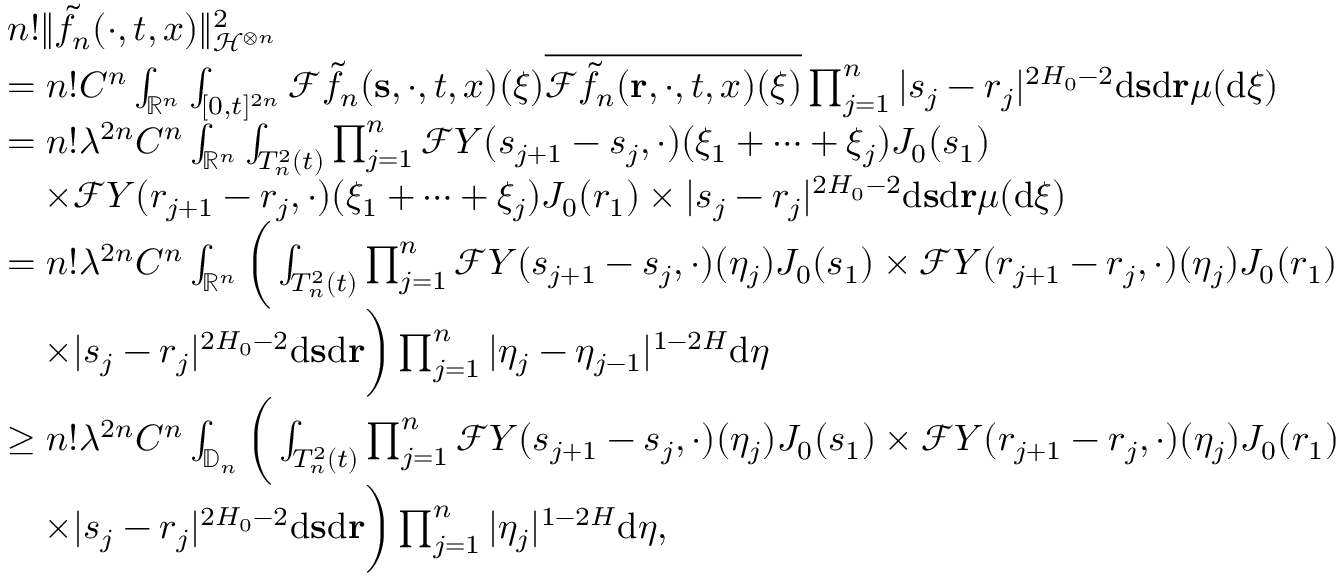
\begin{array} { r l } & { n ! \Vert \tilde { f _ { n } } ( \cdot , t , x ) \Vert _ { \mathcal { H } ^ { \otimes n } } ^ { 2 } } \\ & { = n ! C ^ { n } \int _ { \mathbb { R } ^ { n } } \int _ { [ 0 , t ] ^ { 2 n } } \mathcal { F } \tilde { f } _ { n } ( \mathbf s , \cdot , t , x ) ( \boldsymbol \xi ) \overline { { \mathcal { F } \tilde { f } _ { n } ( \mathbf r , \cdot , t , x ) ( \boldsymbol \xi ) } } \prod _ { j = 1 } ^ { n } | s _ { j } - r _ { j } | ^ { 2 H _ { 0 } - 2 } \ensuremath { \mathrm { d } } \mathbf { s } \ensuremath { \mathrm { d } } \mathbf { r } \boldsymbol \mu ( \ensuremath { \mathrm { d } } \boldsymbol \xi ) } \\ & { = n ! \lambda ^ { 2 n } C ^ { n } \int _ { \mathbb { R } ^ { n } } \int _ { T _ { n } ^ { 2 } ( t ) } \prod _ { j = 1 } ^ { n } \mathcal { F } Y ( s _ { j + 1 } - s _ { j } , \cdot ) ( \xi _ { 1 } + \dots + \xi _ { j } ) J _ { 0 } ( s _ { 1 } ) } \\ & { \quad \times \mathcal { F } Y ( r _ { j + 1 } - r _ { j } , \cdot ) ( \xi _ { 1 } + \dots + \xi _ { j } ) J _ { 0 } ( r _ { 1 } ) \times | s _ { j } - r _ { j } | ^ { 2 H _ { 0 } - 2 } \ensuremath { \mathrm { d } } \mathbf { s } \ensuremath { \mathrm { d } } \mathbf { r } \boldsymbol \mu ( \ensuremath { \mathrm { d } } \boldsymbol \xi ) } \\ & { = n ! \lambda ^ { 2 n } C ^ { n } \int _ { \mathbb { R } ^ { n } } \bigg ( \int _ { T _ { n } ^ { 2 } ( t ) } \prod _ { j = 1 } ^ { n } \mathcal { F } Y ( s _ { j + 1 } - s _ { j } , \cdot ) ( \eta _ { j } ) J _ { 0 } ( s _ { 1 } ) \times \mathcal { F } Y ( r _ { j + 1 } - r _ { j } , \cdot ) ( \eta _ { j } ) J _ { 0 } ( r _ { 1 } ) } \\ & { \quad \times | s _ { j } - r _ { j } | ^ { 2 H _ { 0 } - 2 } \ensuremath { \mathrm { d } } \mathbf { s } \ensuremath { \mathrm { d } } \mathbf { r } \bigg ) \prod _ { j = 1 } ^ { n } | \eta _ { j } - \eta _ { j - 1 } | ^ { 1 - 2 H } \ensuremath { \mathrm { d } } \boldsymbol \eta } \\ & { \ge n ! \lambda ^ { 2 n } C ^ { n } \int _ { \mathbb { D } _ { n } } \bigg ( \int _ { T _ { n } ^ { 2 } ( t ) } \prod _ { j = 1 } ^ { n } \mathcal { F } Y ( s _ { j + 1 } - s _ { j } , \cdot ) ( \eta _ { j } ) J _ { 0 } ( s _ { 1 } ) \times \mathcal { F } Y ( r _ { j + 1 } - r _ { j } , \cdot ) ( \eta _ { j } ) J _ { 0 } ( r _ { 1 } ) } \\ & { \quad \times | s _ { j } - r _ { j } | ^ { 2 H _ { 0 } - 2 } \ensuremath { \mathrm { d } } \mathbf { s } \ensuremath { \mathrm { d } } \mathbf { r } \bigg ) \prod _ { j = 1 } ^ { n } | \eta _ { j } | ^ { 1 - 2 H } \ensuremath { \mathrm { d } } \boldsymbol \eta , } \end{array}